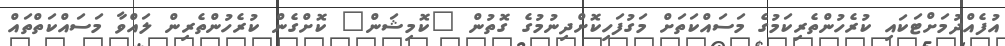
އުފެއްދުމަށްޓަކައި ކުރެހުންތެރިކަމުގެ މަސައްކަތަށް މަގުފަހިކޮށްދިނުމުގެ ގޮތުން "ކޮމިޝަން" ކޮށްގެން ކުރެހުންތެރިން ލައްވާ މަސައްކަތްތައް